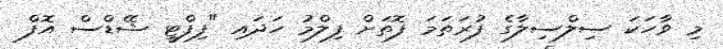
މި ވާހަކަ ސިލްސިލާގެ ފުރަތަމަ ފޮތަށް ފިލްމު ހަދައި "ފިފްޓީ ޝޭޑްސް އޮފް